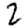
Digit: 2